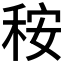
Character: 𥞬